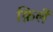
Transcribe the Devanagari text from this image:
क़िलें